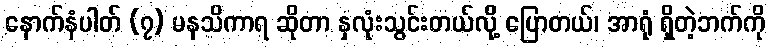
နောက်နံပါတ် (၇) မနသိကာရ ဆိုတာ နှလုံးသွင်းတယ်လို့ ပြောတယ်၊ အာရုံ ရှိတဲ့ဘက်ကို